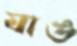
যাঙ